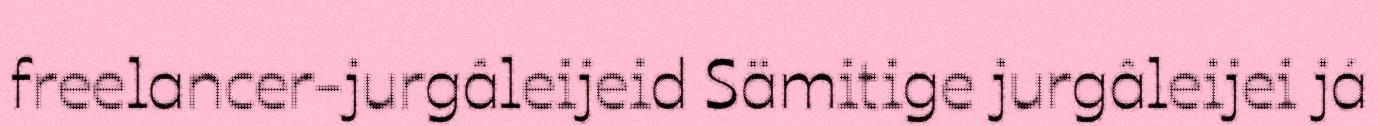
freelancer-jurgâleijeid Sämitige jurgâleijei já